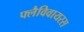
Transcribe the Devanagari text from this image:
फ्लैविवायरस